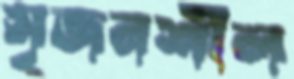
সৃজনশীল